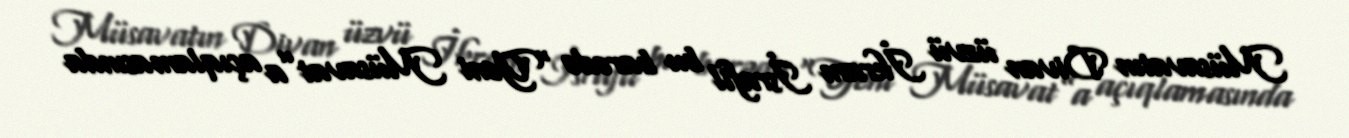
Müsavatın Divan üzvü İkram İsrafil bu barədə “Yeni Müsavat”a açıqlamasında